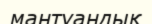
мантуандық